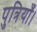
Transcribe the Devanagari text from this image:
पुत्रियाँ।